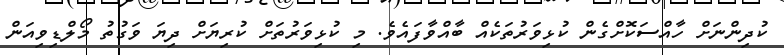
ކުދިންނަށް ހާއްސަކޮށްގެން ކުޅިވަރުތަކެއް ބާއްވާފައެވެ. މި ކުޅިވަރުތަށް ކުރިޔަށް ދިޔަ ވަގުތު މޯލްޑިވިއަން